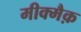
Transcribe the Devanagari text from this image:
मीक्मैक़